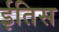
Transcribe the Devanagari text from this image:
ईतिस